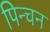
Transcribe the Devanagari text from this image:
पिन्चन